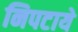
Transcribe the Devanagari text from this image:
निपटाये